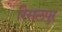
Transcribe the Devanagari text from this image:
रिसलपुर